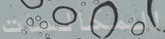
المكالمات